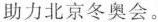
助力北京冬奥会。